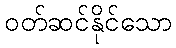
ဝတ်ဆင်နိုင်သော